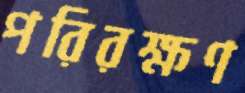
পরিরক্ষণ